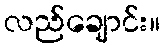
လည်ချောင်း။